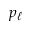
p _ { \ell }